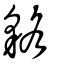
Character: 貉